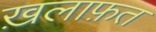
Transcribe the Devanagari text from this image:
ख़लाफ़त